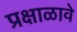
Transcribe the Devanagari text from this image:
प्रक्षाळावे